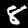
Label: 8